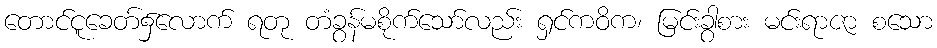
တောင်ငူခေတ်၌လောက် ရတု တံခွန်မစိုက်သော်လည်း ရှင်ကဝိက၊ မြင်းခွာစား မင်းရာဇာ စသော